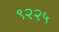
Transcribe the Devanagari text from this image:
९२२५